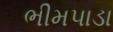
ભીમપાડા